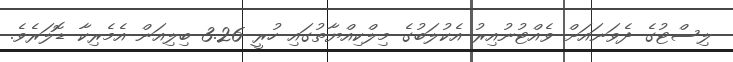
ލިސްޓުގެ ދެވަނައަށް ވެއްޓުނުއިރު އެކުލަބުގެ މިލްކިއްޔާތުގައި ހުރީ 3.26 ބިލިއަން އެމެރިކާ ޑޮލަރެވެ.